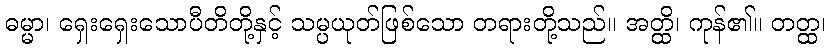
ဓမ္မာ၊ ရှေးရှေးသောပီတိတို့နှင့် သမ္ပယုတ်ဖြစ်သော တရားတို့သည်။ အတ္ထိ၊ ကုန်၏။ တတ္ထ၊